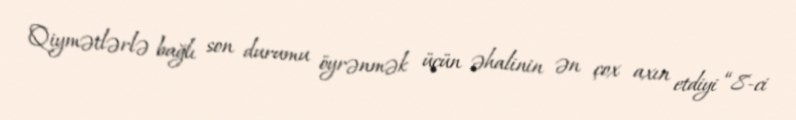
Qiymətlərlə bağlı son durumu öyrənmək üçün əhalinin ən çox axın etdiyi “8-ci